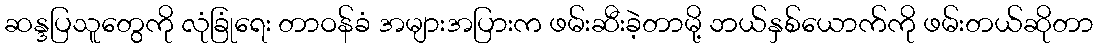
ဆန္ဒပြသူတွေကို လုံခြုံရေး တာဝန်ခံ အများအပြားက ဖမ်းဆီးခဲ့တာမို့ ဘယ်နှစ်ယောက်ကို ဖမ်းတယ်ဆိုတာ